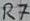
Text: R7